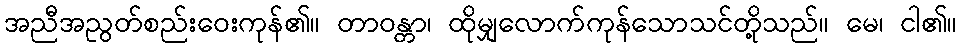
အညီအညွတ်စည်းဝေးကုန်၏။ တာဝန္တာ၊ ထိုမျှလောက်ကုန်သောသင်တို့သည်။ မေ၊ ငါ၏။